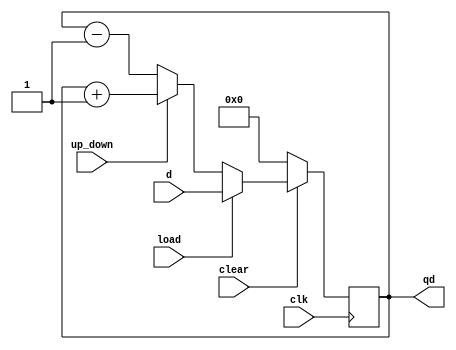
module updown_count(d,clk,clear,load,up_down,qd);
input[7:0] d;
input clk,clear,load;
input up_down;
output[7:0] qd;
reg[7:0] cnt;
assign qd = cnt;

always @(posedge clk)
begin
if (!clear)  		cnt = 8'h00;
else  if (load)  	cnt = d;
else  if (up_down) 	cnt = cnt + 1;
else  			cnt = cnt - 1;
end
endmodule